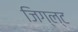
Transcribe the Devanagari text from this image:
जिग्ल्ट